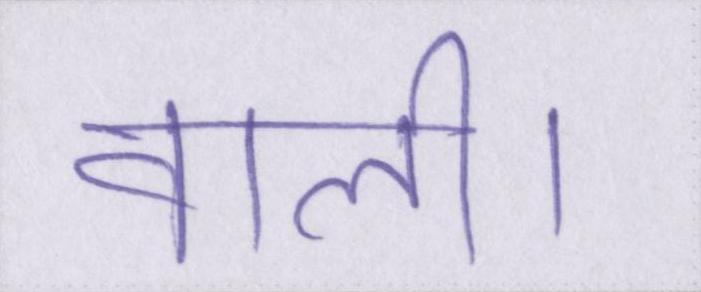
वाली।